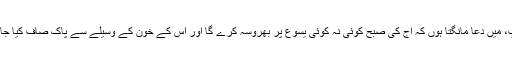
اے باپ، میں دعا مانگتا ہوں کہ آج کی صبح کوئی نہ کوئی یسوع پر بھروسہ کرے گا اور اُس کے خون کے وسیلے سے پاک صاف کیا جائے گا!